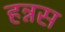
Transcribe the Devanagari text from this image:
हन्नस